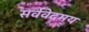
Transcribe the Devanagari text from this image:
सर्ववेदमय